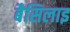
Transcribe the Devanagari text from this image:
बैसिलाइ